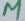
Text: µ